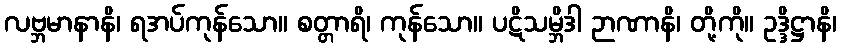
လဗ္ဘမာနာနိ၊ ရအပ်ကုန်သော။ စတ္တာရိ၊ ကုန်သော။ ပဋိသမ္ဘိဒါ ဉာဏာနိ၊ တို့ကို။ ဥဒ္ဒိဋ္ဌာနိ၊